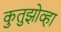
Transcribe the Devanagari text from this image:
कुतुझोव्हा